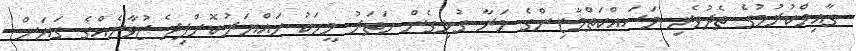
ގާއިމްކުރުމުގެ ތެދުވެރި މަސައްކަތްމާޒިންގެ މަރާ ގުޅިގެން ހަތަރު މީހަކު ހައްޔަރުކޮށްފިދެ ޒުވާނެއްގެ ގަޔަށް